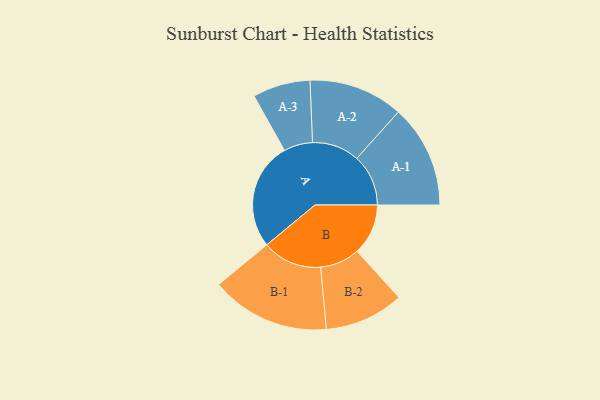
{"axis": {"x": "Segment", "y": "Value"}, "legend": ["", "A", "B"], "data": [{"x": "A", "y": 477, "type": ""}, {"x": "B", "y": 227, "type": ""}, {"x": "A-1", "y": 229, "type": "A"}, {"x": "A-2", "y": 210, "type": "A"}, {"x": "A-3", "y": 128, "type": "A"}, {"x": "B-1", "y": 265, "type": "B"}, {"x": "B-2", "y": 176, "type": "B"}]}